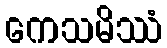
ကေသမိဿံ